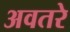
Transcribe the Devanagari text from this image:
अवतरे